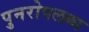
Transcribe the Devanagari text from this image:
पुनरोपलब्ध